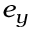
e _ { y }